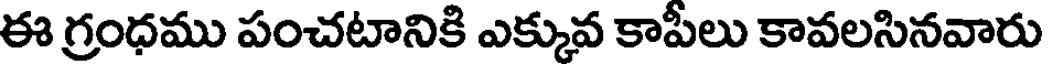
ఈ గ్రంధము పంచటానికి ఎక్కువ కాపీలు కావలసినవారు